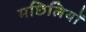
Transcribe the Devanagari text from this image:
मछिलियों